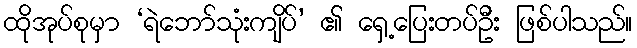
ထိုအုပ်စုမှာ ‘ရဲဘော်သုံးကျိပ်’ ၏ ရှေ့ပြေးတပ်ဦး ဖြစ်ပါသည်။